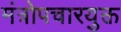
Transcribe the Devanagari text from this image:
मंत्रोपचारयुक्त